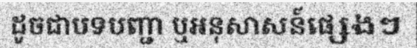
ដូចជាបទបញ្ជា ឬអនុសាសន៍ផ្សេងៗ